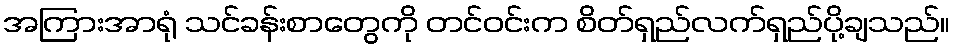
အကြားအာရုံ သင်ခန်းစာတွေကို တင်ဝင်းက စိတ်ရှည်လက်ရှည်ပို့ချသည်။